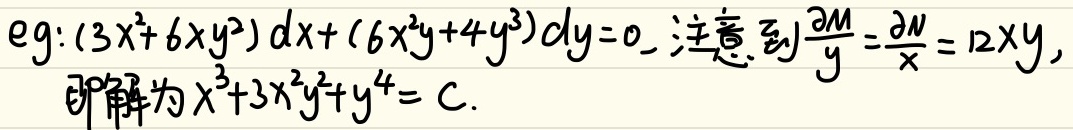
例如：对于方程\((3x^{2}+6xy^{2})dx+(6x^{2}y + 4y^{3})dy = 0\)，注意到\(\frac{\partial M}{\partial y}=\frac{\partial N}{\partial x}=12xy\)，则该方程的解为\(x^{3}+3x^{2}y^{2}+y^{4}=C\)。